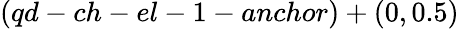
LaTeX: (qd-ch-el-1-anchor)+(0,0.5)